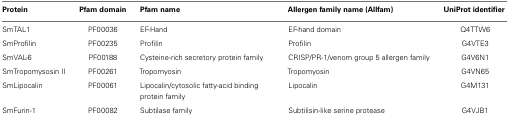
<table><thead><tr><td><b>Protein</b></td><td><b>Pfam domain</b></td><td><b>Pfam name</b></td><td><b>Allergen family name (Allfam)</b></td><td><b>UniProt identifier</b></td></tr></thead><tbody><tr><td>SmTAL1</td><td>PF00036</td><td>EF-Hand</td><td>EF-hand domain</td><td>Q4TTW6</td></tr><tr><td>SmProfilin</td><td>PF00235</td><td>Profilin</td><td>Profilin</td><td>G4VTE3</td></tr><tr><td>SmVAL-6</td><td>PF00188</td><td>Cysteine-rich secretory protein family</td><td>CRISP/PR-1/venom group 5 allergen family</td><td>G4V6N1</td></tr><tr><td>SmTropomysosin II</td><td>PF00261</td><td>Tropomyosin</td><td>Tropomyosin</td><td>G4VN65</td></tr><tr><td>SmLipocalin</td><td>PF00061</td><td>Lipocalin/cytosolic fatty-acid binding protein family</td><td>Lipocalin</td><td>G4M131</td></tr><tr><td>SmFurin-1</td><td>PF00082</td><td>Subtilase family</td><td>Subtilisin-like serine protease</td><td>G4VJB1</td></tr></tbody></table>